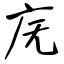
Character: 庑